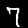
Digit: 7